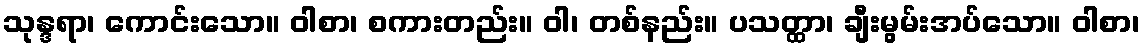
သုန္ဒရာ၊ ကောင်းသော။ ဝါစာ၊ စကားတည်း။ ဝါ၊ တစ်နည်း။ ပသတ္ထာ၊ ချီးမွမ်းအပ်သော။ ဝါစာ၊